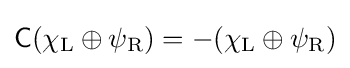
{\mathsf {C}}(\chi _{\rm {L}}\oplus \psi _{\rm {R}})=-(\chi _{\rm {L}}\oplus \psi _{\rm {R}})